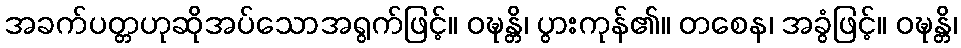
အခက်ပတ္တဟုဆိုအပ်သောအရွက်ဖြင့်။ ဝဍ္ဎန္တိ၊ ပွားကုန်၏။ တစေန၊ အခွံဖြင့်။ ဝဍ္ဎန္တိ၊